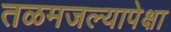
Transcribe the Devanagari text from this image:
तळमजल्यापेक्षा